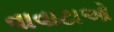
વાવાટાઓ